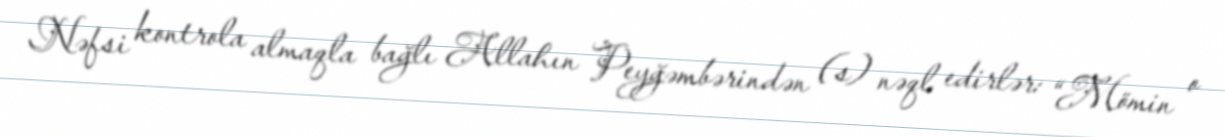
Nəfsi kontrola almaqla bağlı Allahın Peyğəmbərindən (s) nəql edirlər: “Mömin o